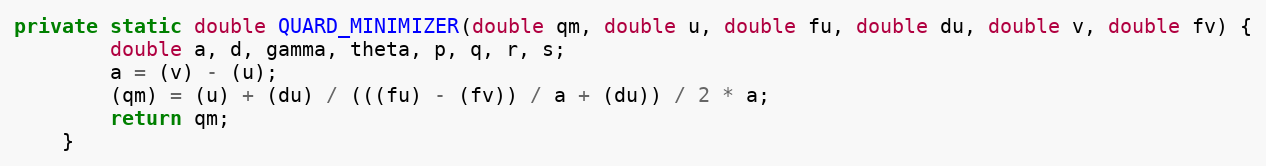
Language: Java
private static double QUARD_MINIMIZER(double qm, double u, double fu, double du, double v, double fv) {
        double a, d, gamma, theta, p, q, r, s;
        a = (v) - (u);
        (qm) = (u) + (du) / (((fu) - (fv)) / a + (du)) / 2 * a;
        return qm;
    }